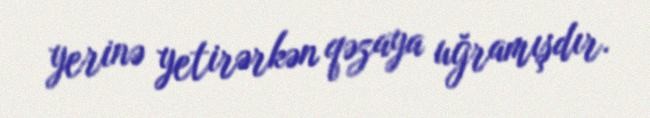
yerinə yetirərkən qəzaya uğramışdır.